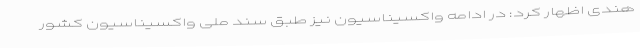
هندی اظهار کرد: در ادامه واکسیناسیون نیز طبق سند ملی واکسیناسیون کشور